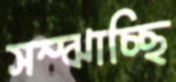
সম্‌ঝাচ্ছি